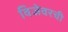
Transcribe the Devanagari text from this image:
विजेवरची